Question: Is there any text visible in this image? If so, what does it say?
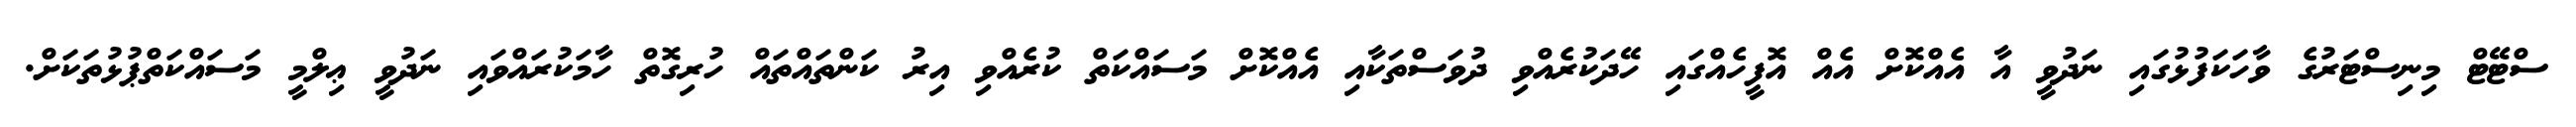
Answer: ސްޓޭޓް މިނިސްޓަރުގެ ވާހަކަފުޅުގައި ނަދުވީ އާ އެއްކޮށް އެއް އޮފީހެއްގައި ހޭދަކުރެއްވި ދުވަސްތަކާއި އެއްކޮށް މަސައްކަތް ކުރެއްވި އިރު ކަންތައްތައް ހުރިގޮތް ހާމަކުރައްވައި ނަދުވީ ޢިލްމީ މަސައްކަތްޕުޅުތަކަށް.